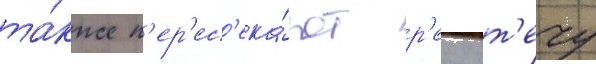
та́кже п'ер'ес'ека́ют р'еку т'ечу